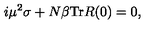
i \mu ^ { 2 } \sigma + N \beta \mathrm { T r } R ( 0 ) = 0 ,